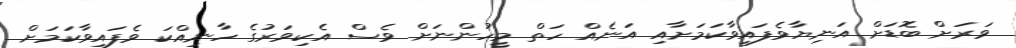
ވަރަށް ބޮޑަށް އަނިޔާވެފައިވާކަމަށާއި އަނެއް ހަތް މީހުންނަށް ވެސް އެކިވަރުގެ ހާނިއްކަ ވެފައިވާކަމަށް